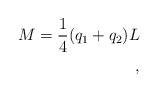
\begin{align*}M={1\over 4}(q_{1} + q_{2})L \\, \end{align*}